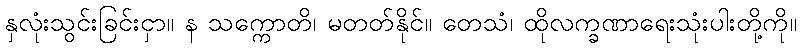
နှလုံးသွင်းခြင်းငှာ။ န သက္ကောတိ၊ မတတ်နိုင်။ တေသံ၊ ထိုလက္ခဏာရေးသုံးပါးတို့ကို။